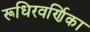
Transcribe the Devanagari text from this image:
रूधिरवर्णिका